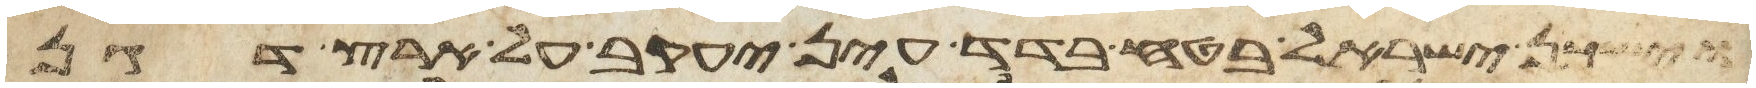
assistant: וישכן ישראל בטח בדד עין יעקב על ארץ דגן